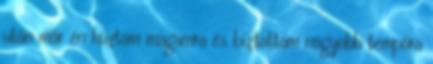
után már én húztam magamra és bíztattam nagyobb tempóra